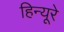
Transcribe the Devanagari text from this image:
हिन्यूरे